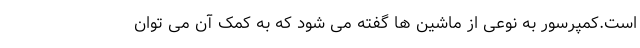
است‌.کمپرسور به نوعی از ماشین ها گفته می شود که به کمک آن می توان